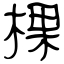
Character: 棵